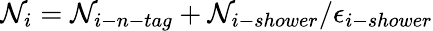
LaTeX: \mathcal{N}_{i}=\mathcal{N}_{i-n-tag}+\mathcal{N}_{i-shower}/\epsilon_{i-shower}